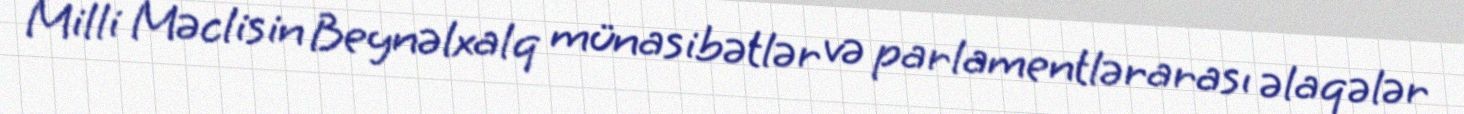
Milli Məclisin Beynəlxalq münasibətlər və parlamentlərarası əlaqələr